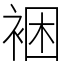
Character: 裍